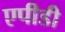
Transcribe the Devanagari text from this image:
एपीडी